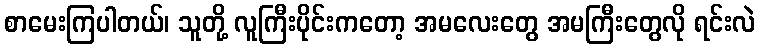
စာမေးကြပါတယ်၊ သူတို့ လူကြီးပိုင်းကတော့ အမလေးတွေ အမကြီးတွေလို ရင်းလဲ